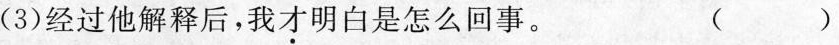
(3)经过他解释后，我才明白是怎么回事。 （）